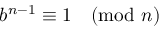
b ^ { n - 1 } \equiv 1 { \pmod { n } }